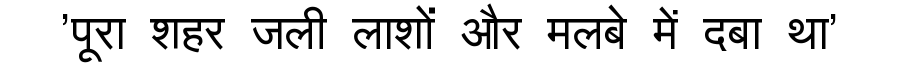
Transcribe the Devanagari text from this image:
'पूरा शहर जली लाशों और मलबे में दबा था'